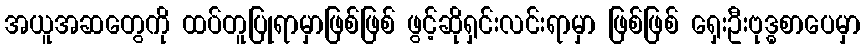
အယူအဆတွေကို ထပ်တူပြုရာမှာဖြစ်ဖြစ် ဖွင့်ဆိုရှင်းလင်းရာမှာ ဖြစ်ဖြစ် ရှေးဦးဗုဒ္ဓစာပေမှာ